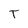
Character: T